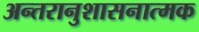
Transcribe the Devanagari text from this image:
अन्तरानुशासनात्मक